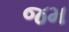
જમ